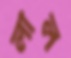
লাল